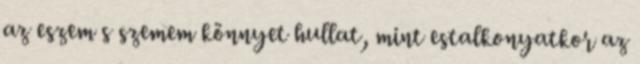
az eszem s szemem könnyet hullat, mint estalkonyatkor az